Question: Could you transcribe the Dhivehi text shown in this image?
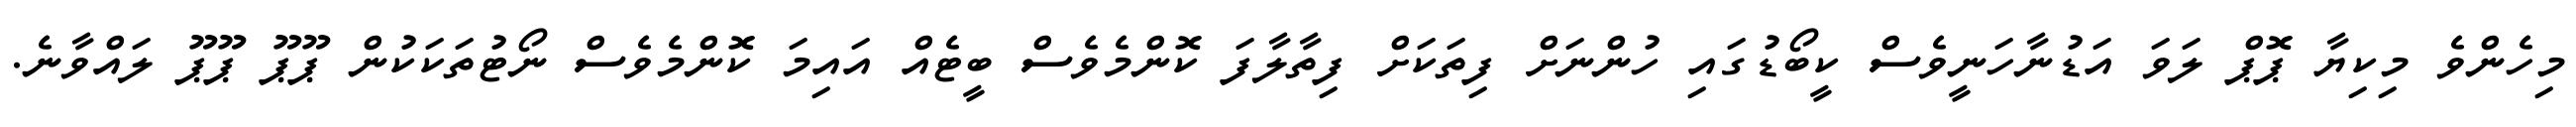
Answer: މިހެންވެ މިކިޔާ ޕޮޕް ލަވަ އަޑުނާހަނީވެސް ކީބޯޑުގައި ހުންނަށް ފިތަކަށް ފިތާލާފަ ކޮންމެވެސް ބީޓެއް އައިމަ ކޮންމެވެސް ނޯޓުތަކަކުން ޕޫޕޫ ޕޫޕޫ ލައްވާނެ.